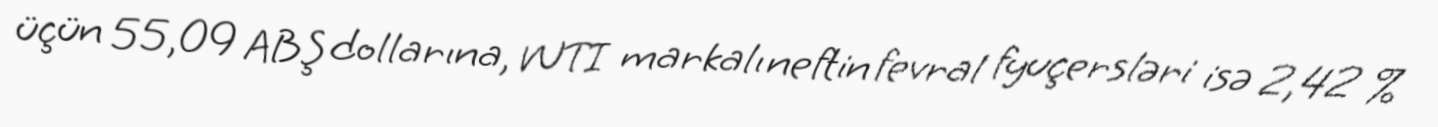
üçün 55,09 ABŞ dollarına, WTI markalı neftin fevral fyuçersləri isə 2,42 %